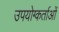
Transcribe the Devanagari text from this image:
उपयोग्कर्ताओं